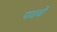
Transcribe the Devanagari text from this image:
पाडवों